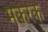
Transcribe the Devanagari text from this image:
मकरक